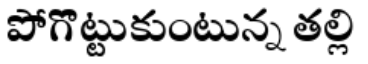
పోగొట్టుకుంటున్న తల్లి